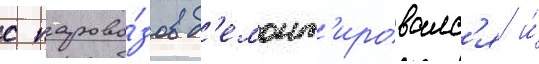
с парово́зов д'емонт'ировалс'я и́